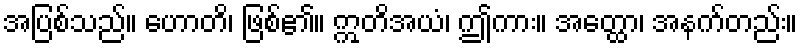
အပြစ်သည်။ ဟောတိ၊ ဖြစ်၏။ ဣတိအယံ၊ ဤကား။ အတ္ထော၊ အနက်တည်း။